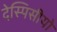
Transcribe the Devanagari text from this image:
देस्पिसीयो